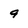
Character: 9